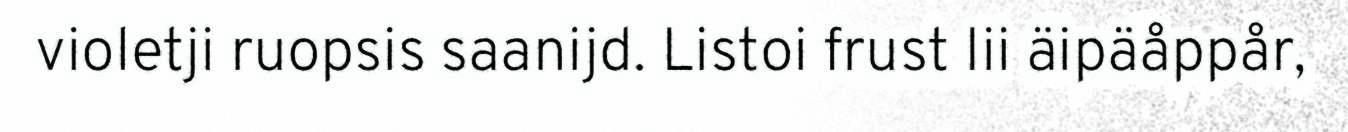
violetji ruopsis saanijd. Listoi frust Iii äipäåppår,